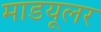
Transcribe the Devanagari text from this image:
माडयूलर